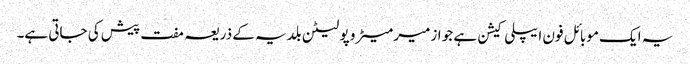
یہ ایک موبائل فون ایپلی کیشن ہے جو ازمیر میٹرو پولیٹن بلدیہ کے ذریعہ مفت پیش کی جاتی ہے۔